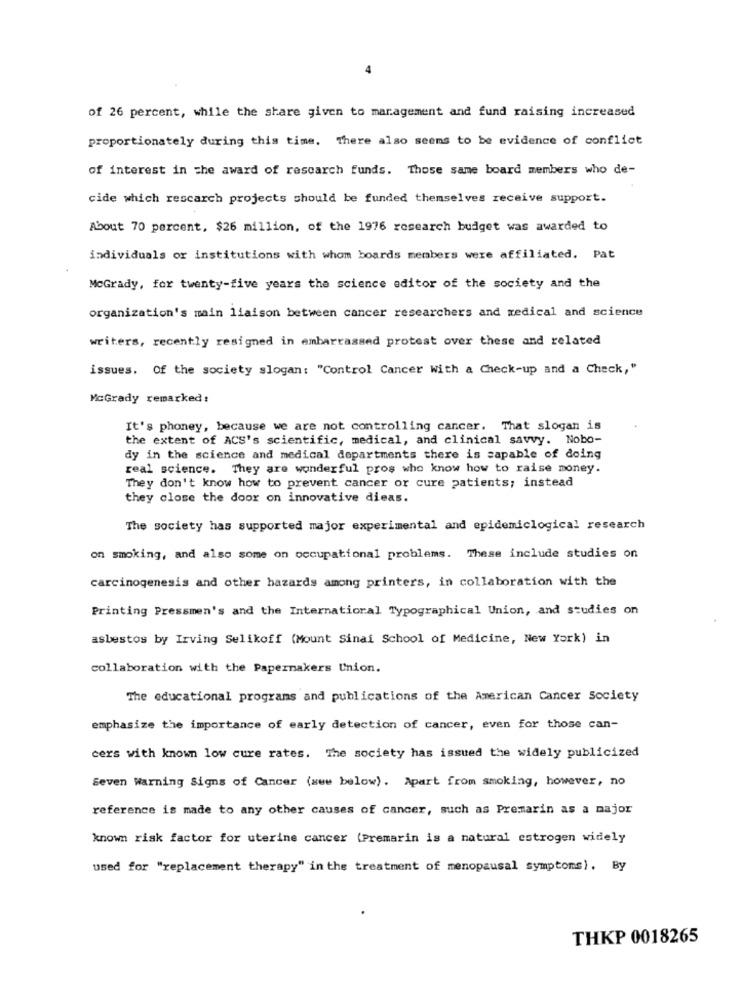
4
of 26 percent, while the share given to management and fund raising increased
proportionately during this time. There also seems to be evidence of conflict
of interest in the award of rescarch funds. Those same board members who de-
cide which rescarch projects should be funded themselves receive support.
About 70 percent, $26 million, of the 1976 research budget was awarded to
individuals or institutions with whom boards members were affiliated. Pat
McGrady, for twenty-five years the science editor of the society and the
organization's main liaison between cancer researchers and medical and science
writers, recently resigned in embarrassed protest over these and related
issues. Of the society slogan: "Control Cancer with a Check-up and a Check,"
McGrady remarked:
It's phoney, because we are not controlling cancer. That slogan is
the extent of ACS's scientific, medical, and clinical savvy. Nobo-
dy in the science and medical departments there is capable of doing
real science. They are wonderful pros who know how to raise money.
They don't know how to prevent cancer or cure patients; instead
they close the door on innovative dieas.
The society has supported major experimental and epidemiclogical research
on smoking, and also some on occupational problems. These include studies on
carcinogenesis and other hazards among printers, in collaboration with the
Printing Pressmen's and the International Typographical Union, and studies on
asbestos by Irving Selikoff (Mount Sinai School of Medicine, New York) in
collaboration with the Papermakers Union.
The educational programs and publications of the American Cancer society
emphasize the importance of early detection of cancer, even for those can-
cers with known low cure rates. The society has issued the widely publicized
Seven Warning Signs of Cancer (www below). Apart from smoking, however, no
reference is made to any other causes of cancer, such as Premarin as a major
known risk factor for uterine cancer (Premarin is a natural estrogen widely
used for "replacement therapy" in the treatment of menopausal symptoms). By
THKP 0018265